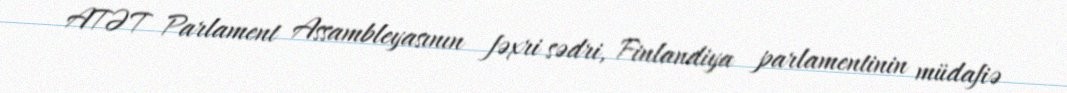
ATƏT Parlament Assambleyasının fəxri sədri, Finlandiya parlamentinin müdafiə